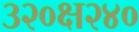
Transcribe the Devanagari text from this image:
३२०क्ष२४०